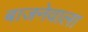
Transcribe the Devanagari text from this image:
बाजनेवाला